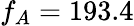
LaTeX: f_{A}=193.4